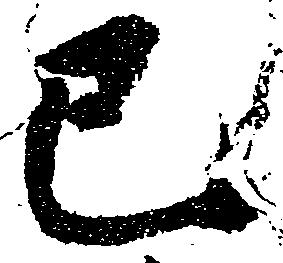
巳